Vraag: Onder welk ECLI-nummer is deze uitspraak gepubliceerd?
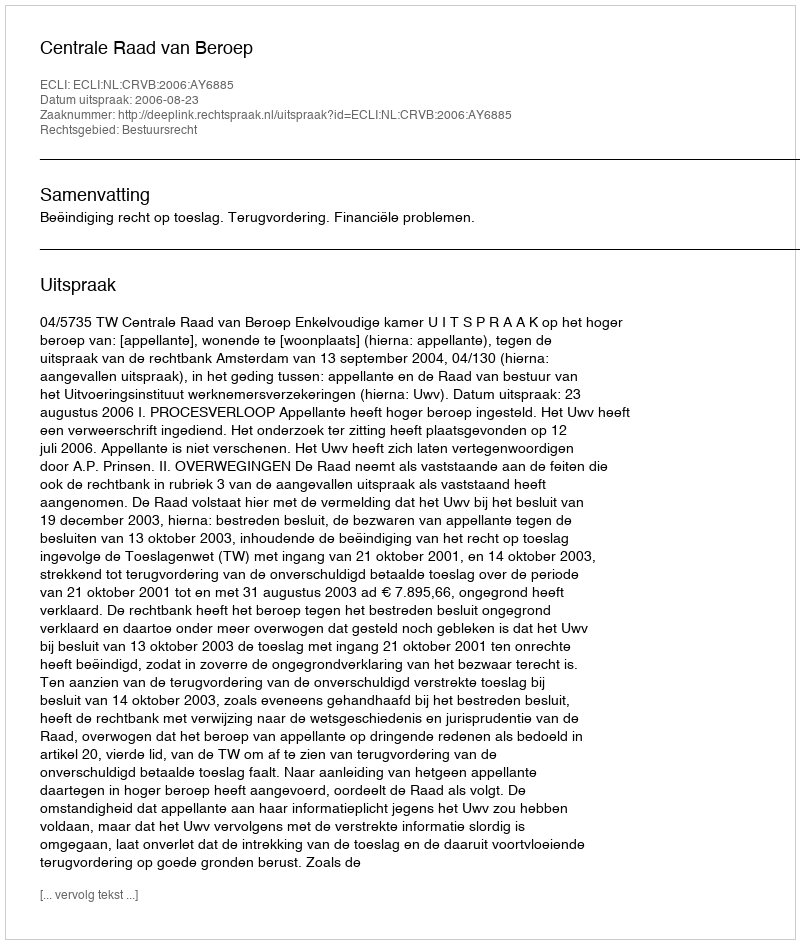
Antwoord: ECLI:NL:CRVB:2006:AY6885